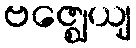
ဗဇ္ဈေယျ